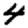
Digit: 4